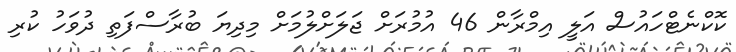
ކޮކްނެޓްހައުސް އަލީ އިމްރާން 46 އުމުރަށް ޖަލަށްލުމަށް މިދިޔަ ބުރާސްފަތި ދުވަހު ކުރި